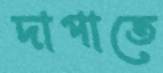
দাপাতে